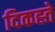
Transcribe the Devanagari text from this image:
दिकह्ते